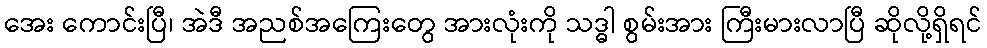
အေး ကောင်းပြီ၊ အဲဒီ အညစ်အကြေးတွေ အားလုံးကို သဒ္ဓါ စွမ်းအား ကြီးမားလာပြီ ဆိုလို့ရှိရင်